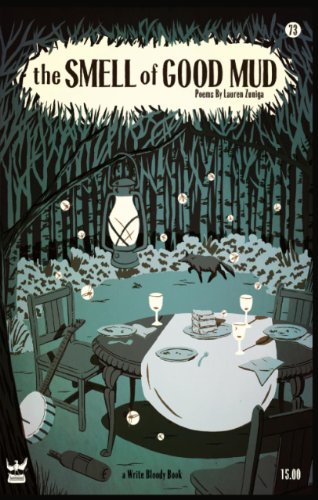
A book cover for The Smell of Good Mud; Lauren Zuniga; Literature & Fiction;